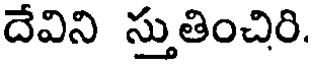
దేవిని స్తుతించిరి.